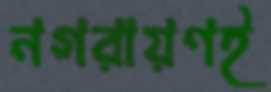
নগরায়ণই